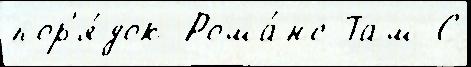
пор'я́док Рома́нс Там С